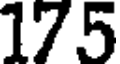
175